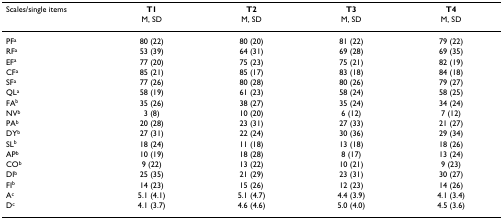
<table><thead><tr><td><b>Scales/single items</b></td><td><b>T1</b></td><td><b>T2</b></td><td><b>T3</b></td><td><b>T4</b></td></tr><tr><td></td><td><b>M, SD</b></td><td><b>M, SD</b></td><td><b>M, SD</b></td><td><b>M, SD</b></td></tr></thead><tbody><tr><td>PF<sup>a</sup></td><td>80 (22)</td><td>80 (20)</td><td>81 (22)</td><td>79 (22)</td></tr><tr><td>RF<sup>a</sup></td><td>53 (39)</td><td>64 (31)</td><td>69 (28)</td><td>69 (35)</td></tr><tr><td>EF<sup>a</sup></td><td>77 (20)</td><td>75 (23)</td><td>75 (21)</td><td>82 (19)</td></tr><tr><td>CF<sup>a</sup></td><td>85 (21)</td><td>85 (17)</td><td>83 (18)</td><td>84 (18)</td></tr><tr><td>SF<sup>a</sup></td><td>77 (26)</td><td>80 (28)</td><td>80 (26)</td><td>79 (27)</td></tr><tr><td>QL<sup>a</sup></td><td>58 (19)</td><td>61 (23)</td><td>58 (24)</td><td>58 (25)</td></tr><tr><td>FA<sup>b</sup></td><td>35 (26)</td><td>38 (27)</td><td>35 (24)</td><td>34 (24)</td></tr><tr><td>NV<sup>b</sup></td><td>3 (8)</td><td>10 (20)</td><td>6 (12)</td><td>7 (12)</td></tr><tr><td>PA<sup>b</sup></td><td>20 (28)</td><td>23 (31)</td><td>27 (33)</td><td>21 (27)</td></tr><tr><td>DY<sup>b</sup></td><td>27 (31)</td><td>22 (24)</td><td>30 (36)</td><td>29 (34)</td></tr><tr><td>SL<sup>b</sup></td><td>18 (24)</td><td>11 (18)</td><td>13 (18)</td><td>18 (26)</td></tr><tr><td>AP<sup>b</sup></td><td>10 (19)</td><td>18 (28)</td><td>8 (17)</td><td>13 (24)</td></tr><tr><td>CO<sup>b</sup></td><td>9 (22)</td><td>13 (22)</td><td>10 (21)</td><td>9 (23)</td></tr><tr><td>DI<sup>b</sup></td><td>25 (35)</td><td>21 (29)</td><td>23 (31)</td><td>30 (27)</td></tr><tr><td>FI<sup>b</sup></td><td>14 (23)</td><td>15 (26)</td><td>12 (23)</td><td>14 (26)</td></tr><tr><td>A<sup>c</sup></td><td>5.1 (4.1)</td><td>5.1 (4.7)</td><td>4.4 (3.9)</td><td>4.1 (3.4)</td></tr><tr><td>D<sup>c</sup></td><td>4.1 (3.7)</td><td>4.6 (4.6)</td><td>5.0 (4.0)</td><td>4.5 (3.6)</td></tr></tbody></table>